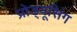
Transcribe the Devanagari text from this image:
प्रोड्यूसिंग